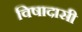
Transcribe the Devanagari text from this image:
विषादासी